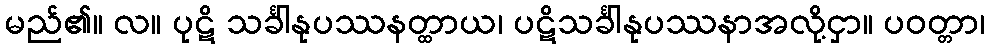
မည်၏။ လ။ ပုဋိ သင်္ခါနုပဿနတ္ထာယ၊ ပဋိသင်္ခါနုပဿနာအလို့ငှာ။ ပဝတ္တာ၊